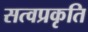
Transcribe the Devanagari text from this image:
सत्वप्रकृति